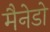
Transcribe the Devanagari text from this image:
मैनेडो